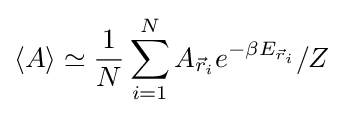
\langle A\rangle \simeq {\frac {1}{N}}\sum _{i=1}^{N}A_{{\vec {r}}_{i}}e^{-\beta E_{{\vec {r}}_{i}}}/Z